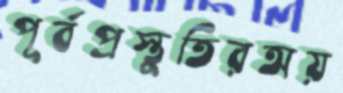
পূর্বপ্রস্তুতিরঅয়